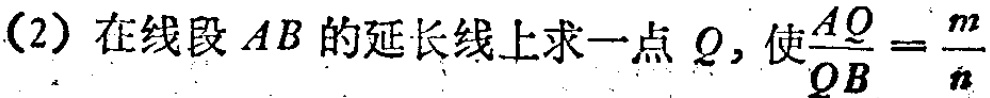
(2) 在线段 \(AB\) 的延长线上求一点 \(Q\)，使\(\frac{AQ}{QB}=\frac{m}{n}\)